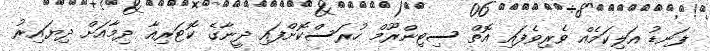
ފަނޑު އަލިކަމެއް ވެރިވެފައި އޮތް ސިޓިންރޫމް ހުރަސްކޮށްފައި ދީނާގެ ކޮޓަރިއާ ދިމާއަށް ދިޔައިރު